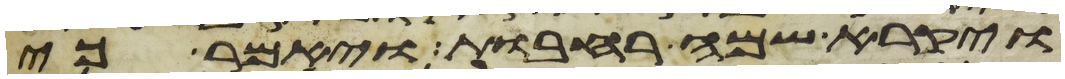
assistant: ויקרא שמה רחבות ויאמר כי